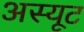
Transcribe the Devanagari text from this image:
अस्यूट